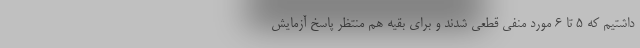
داشتیم که ۵ تا ۶ مورد منفی قطعی شدند و برای بقیه هم منتظر پاسخ آزمایش